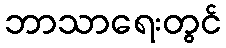
ဘာသာရေးတွင်